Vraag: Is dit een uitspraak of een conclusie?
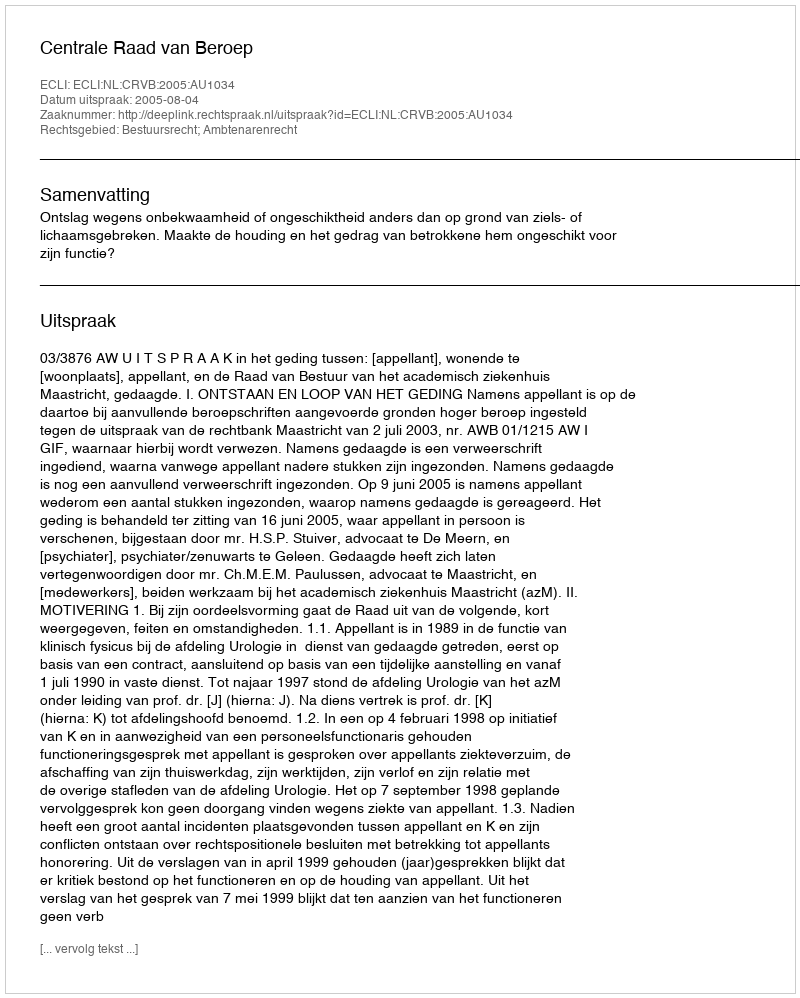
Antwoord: Uitspraak